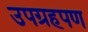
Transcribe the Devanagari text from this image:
उपग्रहपण